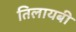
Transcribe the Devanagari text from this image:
तिलायबी